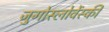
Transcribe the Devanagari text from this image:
जुगोस्लोवेंस्की